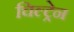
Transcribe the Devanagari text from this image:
चिल्ट्रेन